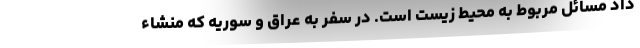
داد مسائل مربوط به محیط زیست است. در سفر به عراق و سوریه که منشاء